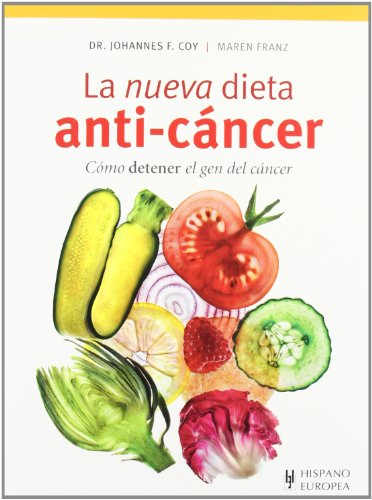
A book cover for La nueva dieta anti-cancer (Spanish Edition); Johannes Coy; Cookbooks, Food & Wine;